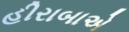
હીરાબાએ